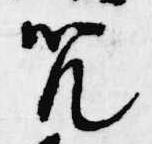
咒